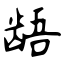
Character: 龉